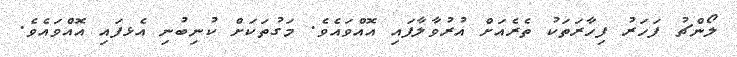
ލޯންޗު ފަހަރު ފިހާރަތަކު ތެރެއަށް އުރުވާލާފައި އޮއްވައެވެ. މަގުތަކަށް ކުނިބުނި އެޅފައި އޮއްވައެވެ.